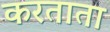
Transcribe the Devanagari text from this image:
करताता